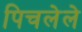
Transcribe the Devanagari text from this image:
पिचलेले